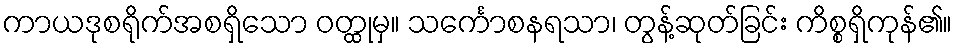
ကာယဒုစရိုက်အစရှိသော ဝတ္ထုမှ။ သင်္ကောစနရသာ၊ တွန့်ဆုတ်ခြင်း ကိစ္စရှိကုန်၏။